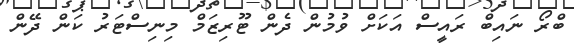
ބްރޯ ނައިބް ރައީސް އަކަށް ވުމުން ދެން ޓޫރިޒަމް މިނިސްޓަރު ކަން ދޭން